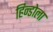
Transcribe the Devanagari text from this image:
हिन्डोला